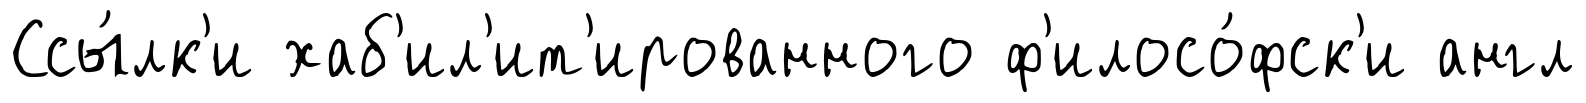
Ссы́лк'и хаб'ил'ит'ированного ф'илосо́фск'и англ